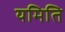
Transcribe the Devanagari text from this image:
यमिति